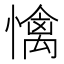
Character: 𢢬